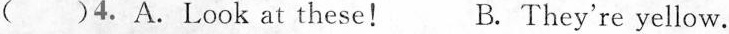
( )4.A.Look at these! B. They're yellow.